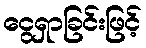
ငွေရှာခြင်းဖြင့်